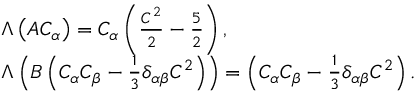
\begin{array} { r l } & { \Lambda \left( A C _ { \alpha } \right) = C _ { \alpha } \left( \frac { C ^ { 2 } } { 2 } - \frac { 5 } { 2 } \right) , } \\ & { \Lambda \left( B \left( C _ { \alpha } C _ { \beta } - \frac { 1 } { 3 } \delta _ { \alpha \beta } C ^ { 2 } \right) \right) = \left( C _ { \alpha } C _ { \beta } - \frac { 1 } { 3 } \delta _ { \alpha \beta } C ^ { 2 } \right) . } \end{array}